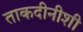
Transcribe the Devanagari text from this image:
ताकदीनीशी